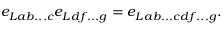
e _ { L a b . . . c } e _ { L d f . . . g } = e _ { L a b . . . c d f . . . g } . \nonumber